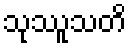
သုဿူသတိ